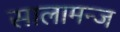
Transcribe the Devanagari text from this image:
सालामन्ज